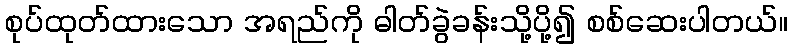
စုပ်ထုတ်ထားသော အရည်ကို ဓါတ်ခွဲခန်းသို့ပို့၍ စစ်ဆေးပါတယ်။